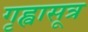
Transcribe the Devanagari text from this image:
गृह्वासूत्र